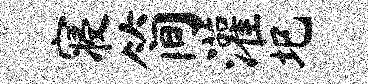
寝简灌圯